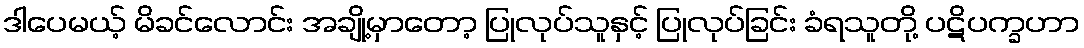
ဒါပေမယ့် မိခင်လောင်း အချို့မှာတော့ ပြုလုပ်သူနှင့် ပြုလုပ်ခြင်း ခံရသူတို့ ပဋိပက္ခဟာ